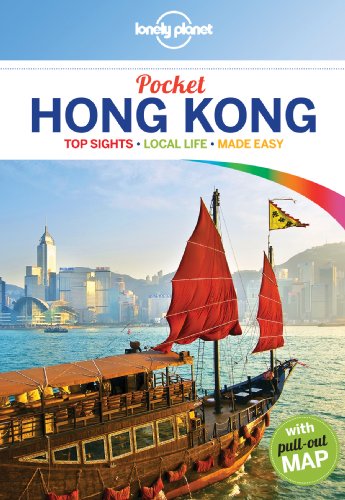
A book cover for Lonely Planet Pocket Hong Kong (Travel Guide); Lonely Planet; Travel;